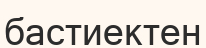
бастиектен